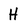
Character: H